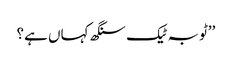
’’ٹوبہ ٹیک سنگھ کہاں ہے؟